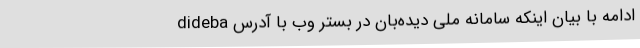
ادامه با بیان اینکه سامانه ملی دیده‌بان در بستر وب با آدرس dideba